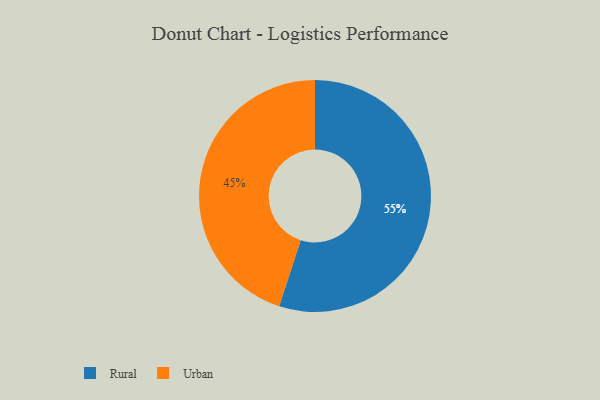
{"axis": {"x": "Category", "y": "Percentage"}, "legend": ["Rural", "Urban"], "data": [{"x": "Rural", "y": 55, "type": "Rural"}, {"x": "Urban", "y": 45, "type": "Urban"}]}